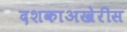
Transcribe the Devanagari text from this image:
दशकाअखेरीस